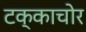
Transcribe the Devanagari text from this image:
टक्काचोर